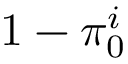
1 - \pi _ { 0 } ^ { i }